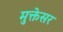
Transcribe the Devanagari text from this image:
मुक्तेसर